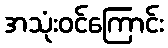
အသုံးဝင်ကြောင်း